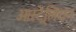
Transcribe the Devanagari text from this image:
ओस्ट्रेलियन